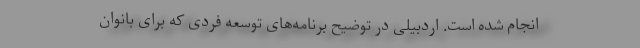
انجام شده است. اردبیلی در توضیح برنامه‌های توسعه فردی که برای بانوان